Report of the Indian Hemp Drugs Commission, 1894-1895 - Volume VIII
Year: 1894
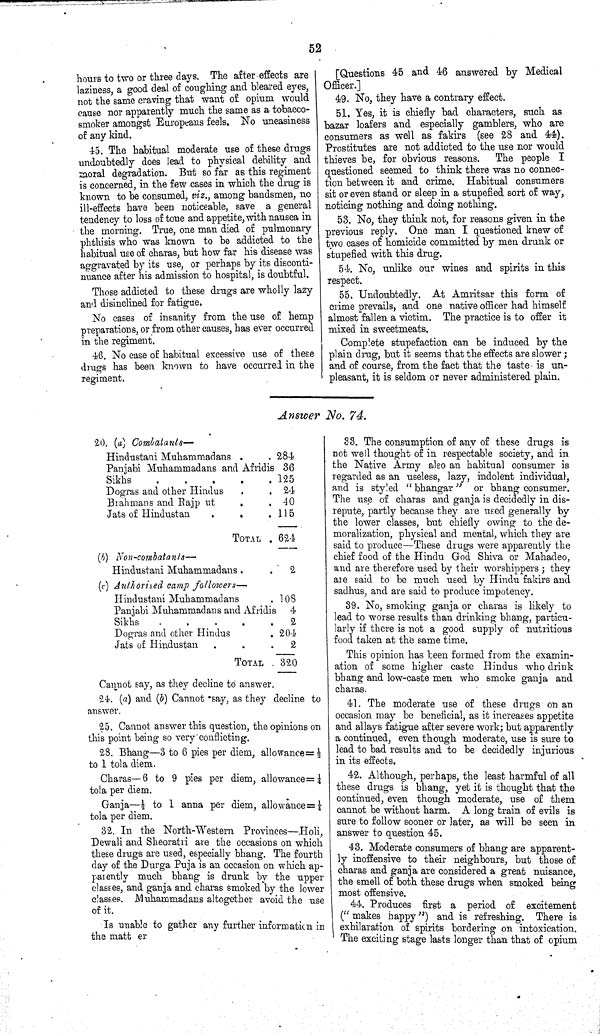
52
hours to two or three days. The after effects are
laziness, a good deal of coughing and bleared eyes,
not the same craving that want of opium would
cause nor apparently much the same as a tobacco-
smoker amongst Europeans feels. No uneasiness
of any kind.
45. The habitual moderate use of these drugs
undoubtedly does lead to physical debility and
moral degradation. But so far as this regiment
is concerned, in the few cases in which the drug is
known to be consumed, viz., among bandsmen, no
ill-effects have been noticeable, save a general
tendency to loss of tone and appetite, with nausea in
the morning. True, one man died of pulmonary
phthisis who was known to be addicted to the
habitual use of charas, but how far his disease was
aggravated by its use, or perhaps by its disconti-
nuance after his admission to hospital, is doubtful.
Those addicted to these drugs are wholly lazy
and disinclined for fatigue.
No cases of insanity from the use of hemp
preparations, or from other causes, has ever occurred
in the regiment.
46. No case of habitual excessive use of these
drugs has been known to have occurred in the
regiment.
[Questions 45 and 46 answered by Medical
Officer.]
49. No, they have a contrary effect.
51. Yes, it is chiefly bad characters, such as
bazar loafers and especially gamblers, who are
consumers as well as fakirs (see 28 and 44).
Prostitutes are not addicted to the use nor would
thieves be, for obvious reasons. The people I
questioned seemed to think there was no connec-
tion between it and crime. Habitual consumers
sit or even stand or sleep in a stupefied sort of way,
noticing nothing and doing nothing.
53. No, they think not, for reasons given in the
previous reply. One man I questioned knew of
two cases of homicide committed by men drunk or
stupefied with this drug.
54. No, unlike our wines and spirits in this
respect.
55. Undoubtedly. At Amritsar this form of
crime prevails, and one native officer had himself
almost fallen a victim. The practice is to offer it
mixed in sweetmeats.
Complete stupefaction can be induced by the
plain drug, but it seems that the effects are slower;
and of course, from the fact that the taste is un-
pleasant, it is seldom or never administered plain.
Answer No. 74.
20. (a)
Combatants—
Hindustani Mukammadans
284
Panjabi Muhammadans and Afridis 36
Sikhs
125
Dogras and other Hindus
24
Brahmans and Rajput
40
Jats of Hindustan
115
TOTAL
624
(b)
Non-combatants—
Hindustani Muhammadans
2
(c) Authorised camp followers—
Hindustani Muhammadans
108
Panjabi Muhammadans and Afridis 4
Sikhs
2
Dogras and other Hindus
204
Jats of Hindustan
2
TOTAL
320
Cannot say, as they decline to answer.
24. (a) and (b) Cannot say, as they decline to
answer.
25. Cannot answer this question, the opinions on
this point being so very conflicting.
28. Bhang—3 to 6 pies per diem, allowance=1/2
to 1 tola diem.
Charas—6 to 9 pies per diem, allowance=1/4
tola per diem.
Ganja—1/2 to 1 anna per diem, allowance=1/4
tola per diem.
32. In the North-Western Provinces—Holi,
Dewali and Sheoratri are the occasions on which
these drugs are used, especially bhang. The fourth
day of the Durga Puja is an occasion on which ap-
parently much bhang is drunk by the upper
classes, and ganja and charas smoked by the lower
classes. Muhammadans altogether avoid the use
of it.
Is unable to gather any further information in
the matter
33. The consumption of any of these drugs is
not well thought of in respectable society, and in
the Native Army also an habitual consumer is
regarded as an useless, lazy, indolent individual,
and is styled "bhangar" or bhang consumer.
The use of charas and ganja is decidedly in dis-
repute, partly because they are used generally by
the lower classes, but chiefly owing to the de-
moralization, physical and mental, which they are
said to produce—These drugs were apparently the
chief food of the Hindu God Shiva or Mahadeo,
and are therefore used by their worshippers; they
are said to be much used by Hindu fakirs and
sadhus, and are said to produce impotency.
39. No, smoking ganja or charas is likely to
lead to worse results than drinking bhang, particu-
larly if there is not a good supply of nutritious
food taken at the same time.
This opinion has been formed from the examin-
ation of some higher caste Hindus who drink
bhang and low-caste men who smoke ganja and
charas.
41. The moderate use of these drugs on an
occasion may be beneficial, as it increases appetite
and allays fatigue after severe work; but apparently
a continued, even though moderate, use is sure to
lead to bad results and to be decidedly injurious
in its effects.
42. Although, perhaps, the least harmful of all
these drugs is bhang, yet it is thought that the
continued, even though moderate, use of them
cannot be without harm. A long train of evils is
sure to follow sooner or later, as will be seen in
answer to question 45.
43. Moderate consumers of bhang are apparent-
ly inoffensive to their neighbours, but those of
charas and ganja are considered a great nuisance,
the smell of both these drugs when smoked being
most offensive.
44. Produces first a period of excitement
(" makes happy") and is refreshing. There is
exhilaration of spirits bordering on intoxication.
The exciting stage lasts longer than that of opium